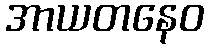
အာယတနေဝ